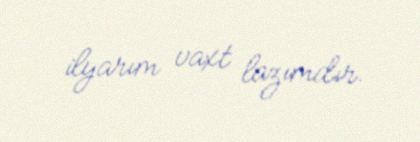
ilyarım vaxt lazımdır.